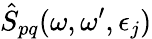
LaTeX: \hat{S}_{pq}(\omega,\omega^{\prime},\epsilon_{j})